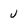
Character: j